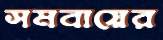
সমবায়ের